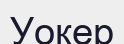
Уокер